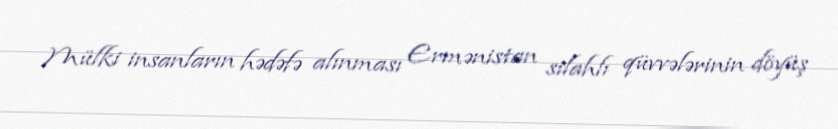
Mülki insanların hədəfə alınması Ermənistan silahlı qüvvələrinin döyüş